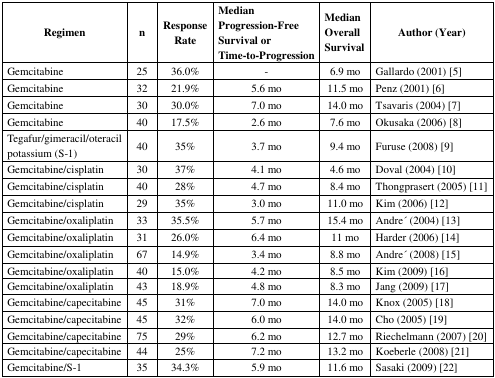
<table><thead><tr><td><b>Regimen</b></td><td><b>n</b></td><td><b>Response Rate</b></td><td><b>Median Progression-Free Survival or Time-to-Progression</b></td><td><b>Median Overall Survival</b></td><td><b>Author (Year)</b></td></tr></thead><tbody><tr><td>Gemcitabine</td><td>25</td><td>36.0%</td><td>-</td><td>6.9 mo</td><td>Gallardo (2001) [5]</td></tr><tr><td>Gemcitabine</td><td>32</td><td>21.9%</td><td>5.6 mo</td><td>11.5 mo</td><td>Penz (2001) [6]</td></tr><tr><td>Gemcitabine</td><td>30</td><td>30.0%</td><td>7.0 mo</td><td>14.0 mo</td><td>Tsavaris (2004) [7]</td></tr><tr><td>Gemcitabine</td><td>40</td><td>17.5%</td><td>2.6 mo</td><td>7.6 mo</td><td>Okusaka (2006) [8]</td></tr><tr><td>Tegafur/gimeracil/oteracil potassium (S-1)</td><td>40</td><td>35%</td><td>3.7 mo</td><td>9.4 mo</td><td>Furuse (2008) [9]</td></tr><tr><td>Gemcitabine/cisplatin</td><td>30</td><td>37%</td><td>4.1 mo</td><td>4.6 mo</td><td>Doval (2004) [10]</td></tr><tr><td>Gemcitabine/cisplatin</td><td>40</td><td>28%</td><td>4.7 mo</td><td>8.4 mo</td><td>Thongprasert (2005) [11]</td></tr><tr><td>Gemcitabine/cisplatin</td><td>29</td><td>35%</td><td>3.0 mo</td><td>11.0 mo</td><td>Kim (2006) [12]</td></tr><tr><td>Gemcitabine/oxaliplatin</td><td>33</td><td>35.5%</td><td>5.7 mo</td><td>15.4 mo</td><td>André (2004) [13]</td></tr><tr><td>Gemcitabine/oxaliplatin</td><td>31</td><td>26.0%</td><td>6.4 mo</td><td>11 mo</td><td>Harder (2006) [14]</td></tr><tr><td>Gemcitabine/oxaliplatin</td><td>67</td><td>14.9%</td><td>3.4 mo</td><td>8.8 mo</td><td>André (2008) [15]</td></tr><tr><td>Gemcitabine/oxaliplatin</td><td>40</td><td>15.0%</td><td>4.2 mo</td><td>8.5 mo</td><td>Kim (2009) [16]</td></tr><tr><td>Gemcitabine/oxaliplatin</td><td>43</td><td>18.9%</td><td>4.8 mo</td><td>8.3 mo</td><td>Jang (2009) [17]</td></tr><tr><td>Gemcitabine/capecitabine</td><td>45</td><td>31%</td><td>7.0 mo</td><td>14.0 mo</td><td>Knox (2005) [18]</td></tr><tr><td>Gemcitabine/capecitabine</td><td>45</td><td>32%</td><td>6.0 mo</td><td>14.0 mo</td><td>Cho (2005) [19]</td></tr><tr><td>Gemcitabine/capecitabine</td><td>75</td><td>29%</td><td>6.2 mo</td><td>12.7 mo</td><td>Riechelmann (2007) [20]</td></tr><tr><td>Gemcitabine/capecitabine</td><td>44</td><td>25%</td><td>7.2 mo</td><td>13.2 mo</td><td>Koeberle (2008) [21]</td></tr><tr><td>Gemcitabine/S-1</td><td>35</td><td>34.3%</td><td>5.9 mo</td><td>11.6 mo</td><td>Sasaki (2009) [22]</td></tr></tbody></table>